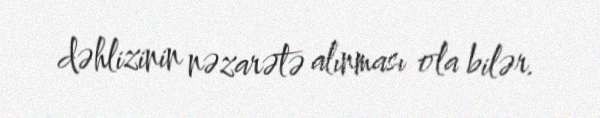
dəhlizinin nəzarətə alınması ola bilər.